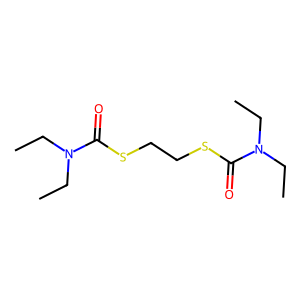
SMILES: CCN(CC)C(=O)SCCSC(=O)N(CC)CC
Inhibits HIV replication: No